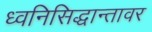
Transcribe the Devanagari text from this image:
ध्वनिसिद्धान्तावर